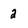
Character: 2